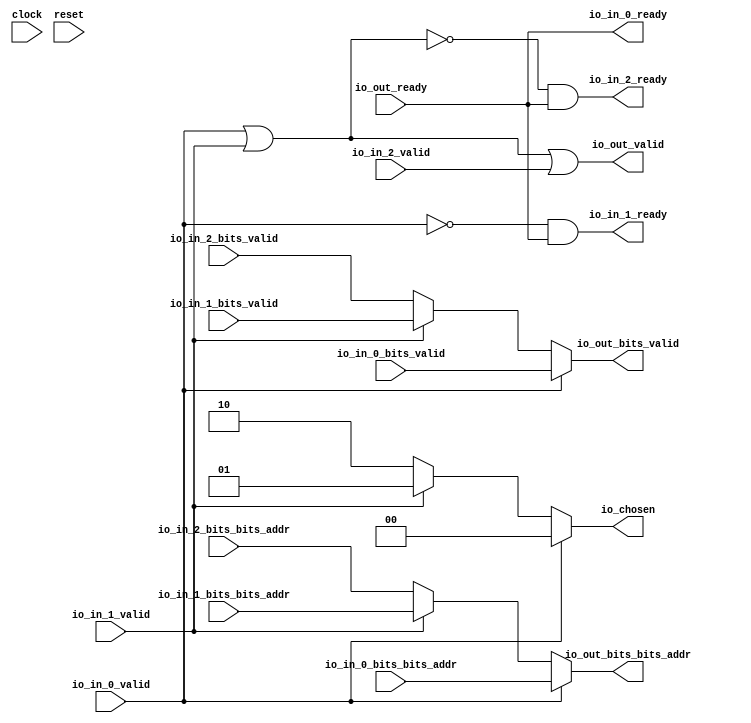
module Arbiter_20(
  input         clock,
  input         reset,
  output        io_in_0_ready,
  input         io_in_0_valid,
  input         io_in_0_bits_valid,
  input  [26:0] io_in_0_bits_bits_addr,
  output        io_in_1_ready,
  input         io_in_1_valid,
  input         io_in_1_bits_valid,
  input  [26:0] io_in_1_bits_bits_addr,
  output        io_in_2_ready,
  input         io_in_2_valid,
  input         io_in_2_bits_valid,
  input  [26:0] io_in_2_bits_bits_addr,
  input         io_out_ready,
  output        io_out_valid,
  output        io_out_bits_valid,
  output [26:0] io_out_bits_bits_addr,
  output [1:0]  io_chosen
);
  wire [1:0] _GEN_0 = io_in_1_valid ? 2'h1 : 2'h2; // @[Arbiter.scala 126:27 Arbiter.scala 127:17 Arbiter.scala 123:13]
  wire [26:0] _GEN_1 = io_in_1_valid ? io_in_1_bits_bits_addr : io_in_2_bits_bits_addr; // @[Arbiter.scala 126:27 Arbiter.scala 128:19 Arbiter.scala 124:15]
  wire  _GEN_2 = io_in_1_valid ? io_in_1_bits_valid : io_in_2_bits_valid; // @[Arbiter.scala 126:27 Arbiter.scala 128:19 Arbiter.scala 124:15]
  wire  grant_1 = ~io_in_0_valid; // @[Arbiter.scala 31:78]
  wire  grant_2 = ~(io_in_0_valid | io_in_1_valid); // @[Arbiter.scala 31:78]
  assign io_in_0_ready = io_out_ready; // @[Arbiter.scala 134:19]
  assign io_in_1_ready = grant_1 & io_out_ready; // @[Arbiter.scala 134:19]
  assign io_in_2_ready = grant_2 & io_out_ready; // @[Arbiter.scala 134:19]
  assign io_out_valid = ~grant_2 | io_in_2_valid; // @[Arbiter.scala 135:31]
  assign io_out_bits_valid = io_in_0_valid ? io_in_0_bits_valid : _GEN_2; // @[Arbiter.scala 126:27 Arbiter.scala 128:19]
  assign io_out_bits_bits_addr = io_in_0_valid ? io_in_0_bits_bits_addr : _GEN_1; // @[Arbiter.scala 126:27 Arbiter.scala 128:19]
  assign io_chosen = io_in_0_valid ? 2'h0 : _GEN_0; // @[Arbiter.scala 126:27 Arbiter.scala 127:17]
endmodule